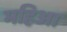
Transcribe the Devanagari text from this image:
महिआ